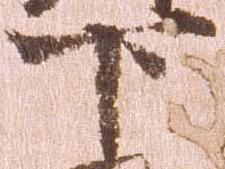
下